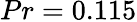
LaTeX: {Pr=0.115}